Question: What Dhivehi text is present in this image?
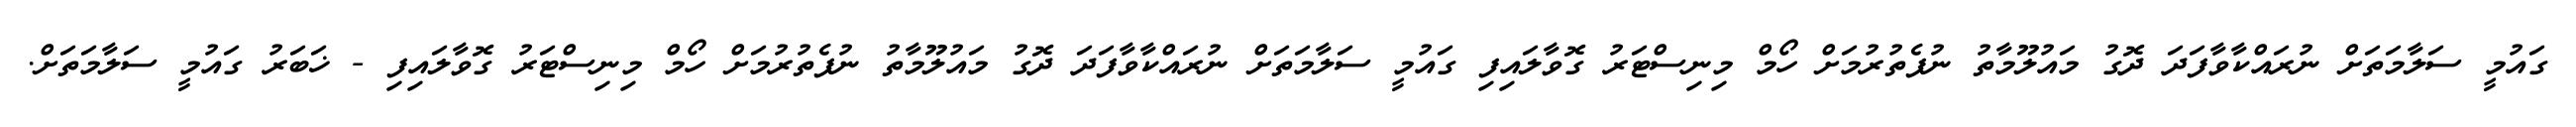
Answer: ގައުމީ ސަލާމަތަށް ނުރައްކާވާފަދަ ދޮގު މައުލޫމާތު ނުފެތުރުމަށް ހޯމް މިނިސްޓަރު ގޮވާލައިފި ގައުމީ ސަލާމަތަށް ނުރައްކާވާފަދަ ދޮގު މައުލޫމާތު ނުފެތުރުމަށް ހޯމް މިނިސްޓަރު ގޮވާލައިފި - ޚަބަރު ގައުމީ ސަލާމަތަށް.